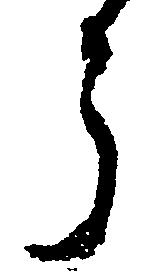
う